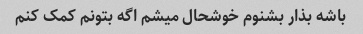
باشه بذار بشنوم خوشحال میشم اگه بتونم کمک کنم